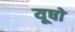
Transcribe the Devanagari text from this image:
यूषों